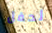
لحفل